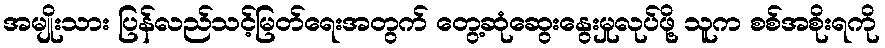
အမျိုးသား ပြန်လည်သင့်မြတ်ရေးအတွက် တွေ့ဆုံဆွေးနွေးမှုလုပ်ဖို့ သူက စစ်အစိုးရကို